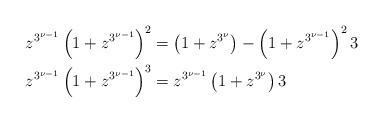
LaTeX: \begin{align*} z^{3^{\nu-1}}\left(1+z^{3^{\nu-1}}\right)^{2}&=\left(1+z^{3^\nu}\right)-\left(1+z^{3^{\nu-1}}\right)^{2}3\\z^{3^{\nu-1}}\left(1+z^{3^{\nu-1}}\right)^3&=z^{3^{\nu-1}}\left(1+z^{3^\nu}\right)3\end{align*}